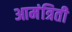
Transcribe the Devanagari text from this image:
आमंत्रिती